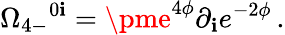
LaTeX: \Omega_{4-}{}^{0\mathbf{i}}=\pme^{4\phi}\partial_{\mathbf{i}}e^{-2\phi}\, .